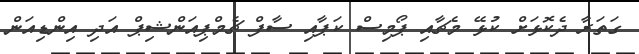
ގަތަރާ ދެކޮޅަށް ކުޅޭ މެޗާއި ޕޯމިސް ކަޕާއި ސާފް ޗެމްޕިއަންޝިޕް އަދި އިންޑިއަން